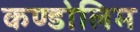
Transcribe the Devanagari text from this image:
कण्डोलिम